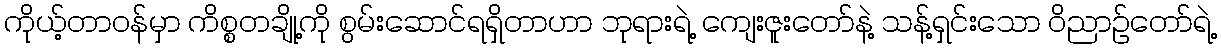
ကိုယ့်တာဝန်မှာ ကိစ္စတချို့ကို စွမ်းဆောင်ရရှိတာဟာ ဘုရားရဲ့ ကျေးဇူးတော်နဲ့ သန့်ရှင်းသော ဝိညာဉ်တော်ရဲ့